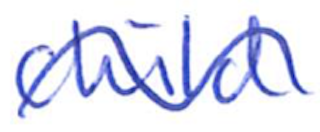
Text: child
Cross-out: wave
Writing tool: ballpoint